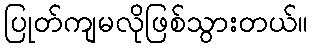
ပြုတ်ကျမလိုဖြစ်သွားတယ်။